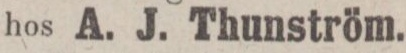
hos A. J. Thunström.